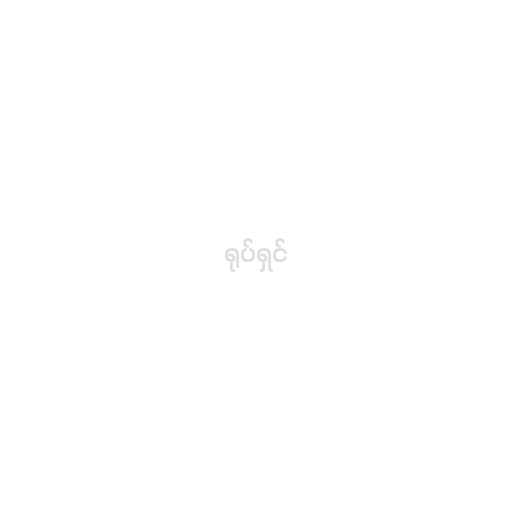
ရုပ်ရှင်